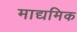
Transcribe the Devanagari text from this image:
माद्यमिक